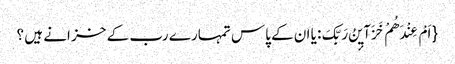
{ اَمْ عِنْدَهُمْ خَزَآیٕنُ رَبِّکَ: یا ان کے پاس تمہارے رب کے خز انے ہیں ؟